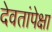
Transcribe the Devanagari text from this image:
देवतांपेक्षा